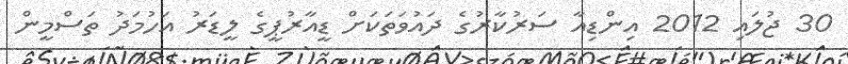
30 ޖުލައި 2012 އިންޑިއާ ސަރުކާރުގެ ދައުވަތަކަށް ޑީއާރުޕީގެ ލީޑަރު އަހުމަދު ތަސްމީން